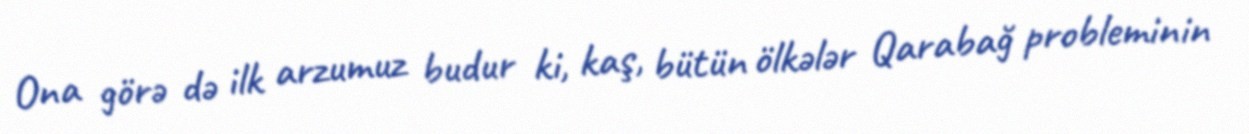
Ona görə də ilk arzumuz budur ki, kaş, bütün ölkələr Qarabağ probleminin